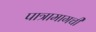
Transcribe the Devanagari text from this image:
पात्रामागची